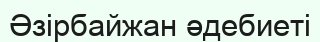
Әзірбайжан әдебиеті